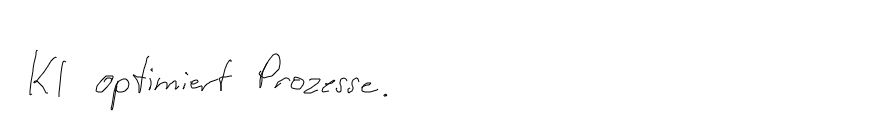
KI optimiert Prozesse.